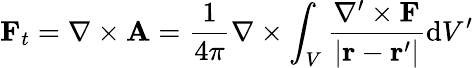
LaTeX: \mathbf{F}_{t}=\nabla\times\mathbf{A}={\frac{1}{4\pi}}\nabla\times\int_{V}{\frac{\nabla^{\prime}\times\mathbf{F}}{\left|\mathbf{r}-\mathbf{r}^{\prime}\right|}}\mathrm{d}V^{\prime}